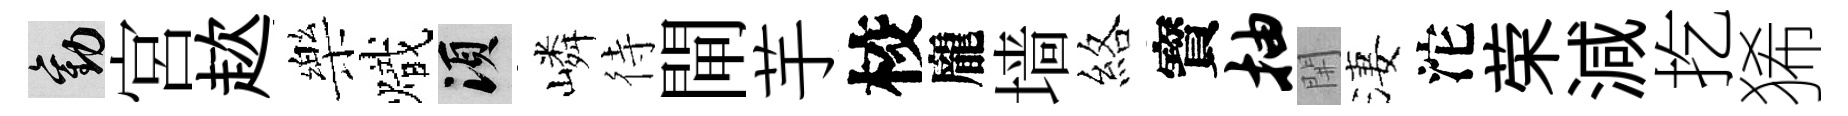
勸宮趑樂熾須嶙待閘芋校龐墙絡寳抽𨳩淒沱荣減扢狶